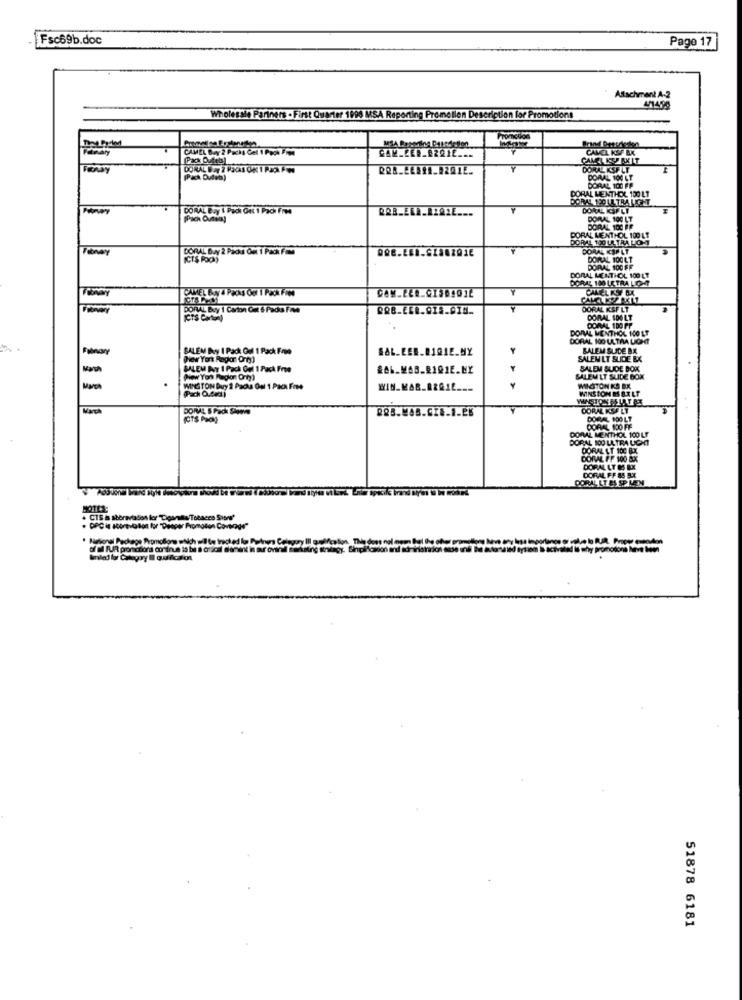
Fsc69b.doc
Page 17
Attachment A-2
4/1490
Wholessie Partners . First Quarter 1990 MSA Reporting Promolien Description for Promotions
Fanaty
CAMEL Buy 2 Packs Gel I Pack Fim
CAVEL KOF BX
Pack Outets
CAMEL KURKIT
DORAL KSF LT
(PKk Dulea)
DORAL 100 LT
DORAL MENTHOL 100 LT
DORAL 100 FF
DORAL Buy I Pack Get 1 Pach Free
DORAL 100 LT
DORAL 100 FF
PORAL MENTHOL 100 LE
DORAL 100 ULTRA LOM
Fibovary
DORAL Day 2 Packs Out 1 Packt Fame
DORAL ICSPLT
ICT$ FOO)
DORAL 100 LT
DORAL 100 FF
ORAL MENTHOL 100 LE
ORAL 100 LETRA LICHT
FONDY
DORAL Buy 1 Carton Ont 6 Pads Fae
DORAL KSF LT
[CTS Carton)
DORAL 100 LT
DORAL MENTHOL 100 LT
DORAL 1DO PF
DORAL 100 LATAA LIGHT
Fabnary
SALEM By I Pack Gel 1 Pack Fre
SAL.EES.@191E.MY
BALEM SLIDE BA
SALEM LT SLIDE EX
SALEM Por 1 Pack Oul 1 Pack Fre
SALEM SLIDE BOK
SALEM LT SLIDE BOX
(Pack Q.fact)
WINSTON Bury 2 Padua Oul 1 Paca Fows
MITTON KS BX
WINSTON HEILT
WASTON SSU TAR
DOIL & Pack Shame
BRB.WAS.CZ .. 1.EK
DORAL KSF LT
(CTS PRO)
DORAL POOLT
DORAL MENTHOL 100 LF
DORAL 100 FF
DORAL 100 LA TRA UCHT
DORAL LT 100 RX
DORAL FF 100 &X
DORAL LT IS EX
DORAL FF 85 BX
BOTER:
. DPC is scorestation for "Deeper Promotion Coverage"
" Høional Package Prpmollon wNich will be tracked lo Pones Celey
51878 6181